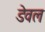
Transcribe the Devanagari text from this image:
डेवल